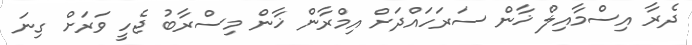
ދެރާ އިސްމާއިލް ޚާން ސަރަހައްދަށް އިމްރާން ޚާން މިސްރާބު ޖެހީ ވަރަށް ގިނަ